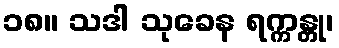
၁၈။ သဒါ သုခေန ရက္ကန္တု၊